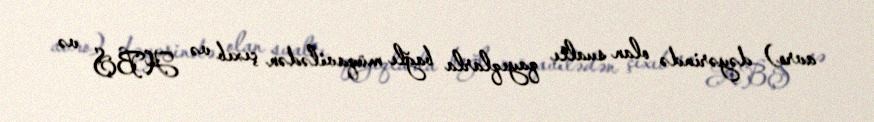
avro) dəyərində olan sualtı qayıqlarla bağlı müqavilədən çıxıb və ABŞ və